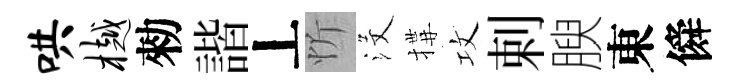
哄樾勑諧丄忻沒搆攻剌腴東僢